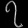
Digit: ၇